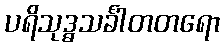
ပရိသုဒ္ဓသင်္ခါတတရော